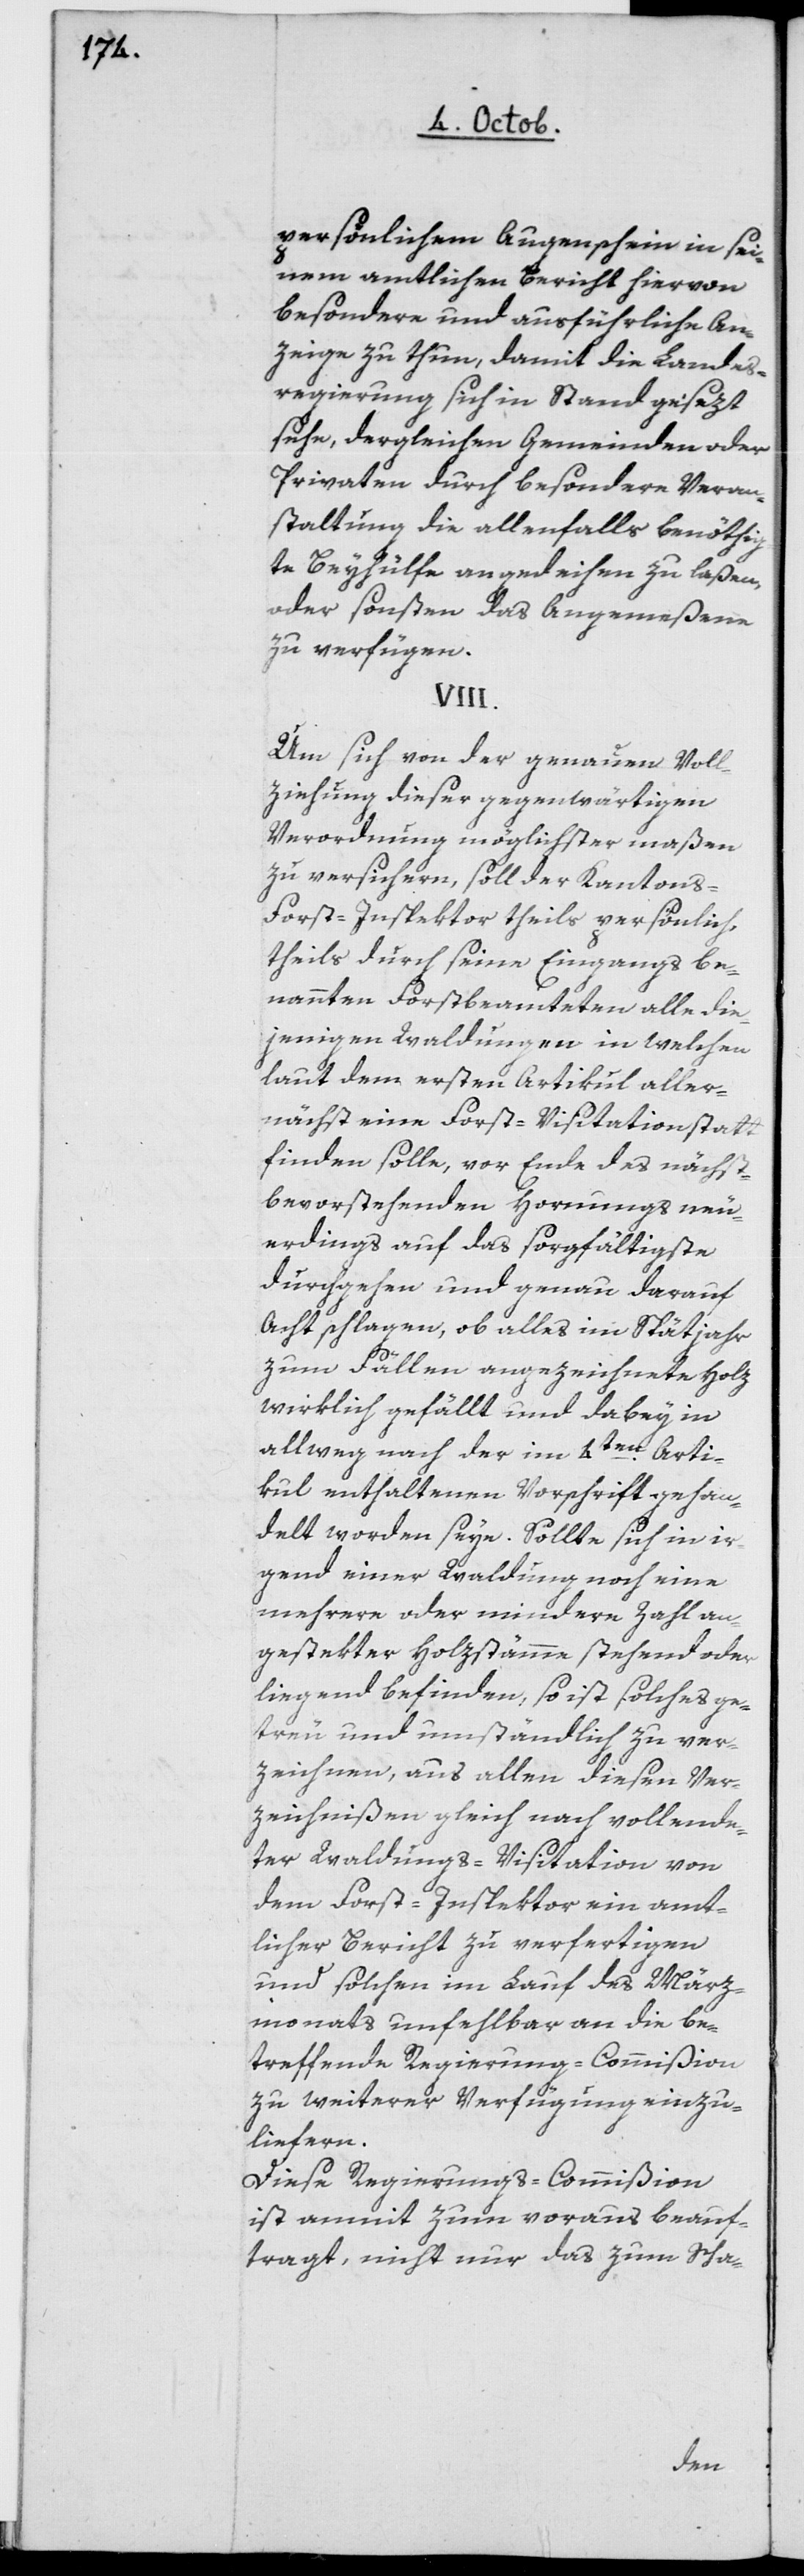
persönlichem Augenschein in sei¬
nem amtlichen Bericht hiervon
besondere und ausführliche An¬
zeige zu thun, damit die Landes¬
regierung sich in Stand gesezt
sehe, dergleichen Gemeinden oder
Privaten durch besondere Veran¬
staltung die allenfalls benöthig¬
te Beyhülfe angedeihen zu laßen,
oder sonsten das Angemeßene
zu verfügen.
VIII.
Um sich von der genauen Voll¬
ziehung dieser gegenwärtigen
Verordnung möglichster maßen
zu versichern, soll der Kantons-F¬
orst-Inspektor theils persönlich,
theils durch seine eingangs be¬
nannten Forstbeamteten alle die¬
jenigen Waldungen, in welchen
laut dem ersten Artikul aller¬
nächst eine Forst-Visitation statt¬
finden solle, vor Ende des nächst¬
bevorstehenden Hornungs neu¬
erdings auf das sorgfältigste
durchgehen und genau darauf
Acht schlagen, ob alles im Spätjahr
zum Fällen angezeichnete Holz
wirklich gefällt und dabey in
allweg nach der im 4ten Arti¬
kul enthaltenen Vorschrift gehan¬
delt worden seye. Sollte sich in ir¬
gend einer Waldung noch eine
mehrere oder mindere Zahl an¬
gestekter Holzstämme stehend oder
liegend befinden, so ist solches ge¬
treu und umständlich zu ver¬
zeichnen, aus allen diesen Ver¬
zeichnißen gleich nach vollende¬
ter Waldungs-Visitation von
dem Forst--Inspektor ein amt¬
licher Bericht zu verfertigen
und solchen im Lauf des März¬
monats unfehlbar an die be¬
treffende Regierungs-Commißion
zu weiterer Verfügung einzu¬
liefern.
Diese Regierungs-Commißion
ist anmit zum voraus beauf¬
tragt, nicht nur das zum Scha-